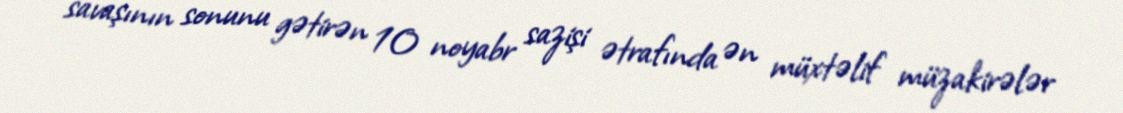
savaşının sonunu gətirən 10 noyabr sazişi ətrafında ən müxtəlif müzakirələr